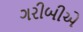
ગરીબીએ